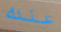
عنده